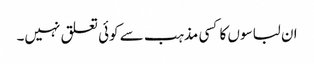
ان لباسوں کا کسی مذہب سے کوئی تعلق نہیں۔